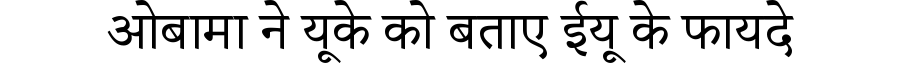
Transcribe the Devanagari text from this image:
ओबामा ने यूके को बताए ईयू के फायदे